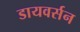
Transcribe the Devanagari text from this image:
डायवर्सन